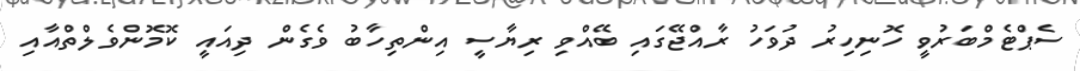
ސެޕްޓެމްބަރުވީ ހޮނިހިރު ދުވަހު ރާއްޖޭގައި ބޭއްވި ރިޔާސީ އިންތިހާބު ވެގެން ދިއައީ ކޮމޮންވެލްތްއާއި